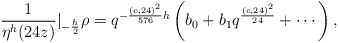
\begin{align*} \frac{1}{\eta^{h}(24z)}|_{-\frac{h}{2}} \rho=q^{-\frac{(c,24)^2}{576}h}\left(b_0+b_1q^{\frac{(c,24)^2}{24}}+\cdots\right),\end{align*}